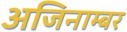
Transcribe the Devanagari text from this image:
अजिनाम्बर